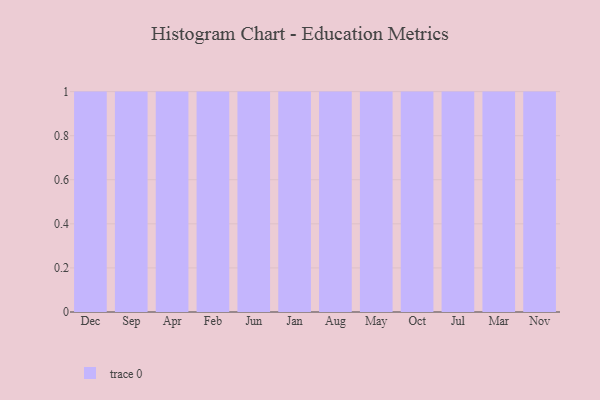
{"axis": {"x": "Month", "y": "Energy Usage (MWh)"}, "legend": [""], "data": [{"x": "Dec", "y": 13, "type": ""}, {"x": "Sep", "y": 76, "type": ""}, {"x": "Apr", "y": 17, "type": ""}, {"x": "Feb", "y": 50, "type": ""}, {"x": "Jun", "y": 87, "type": ""}, {"x": "Jan", "y": 65, "type": ""}, {"x": "Aug", "y": 81, "type": ""}, {"x": "May", "y": 62, "type": ""}, {"x": "Oct", "y": 79, "type": ""}, {"x": "Jul", "y": 3, "type": ""}, {"x": "Mar", "y": 63, "type": ""}, {"x": "Nov", "y": 87, "type": ""}]}